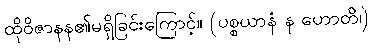
ထိုဝိဇာနန၏မရှိခြင်းကြောင့်။ (ပစ္စယာနံ န ဟောတိ၊)